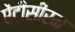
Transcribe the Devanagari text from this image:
ऐंटीसीरम